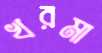
খরমা